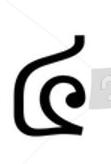
៤